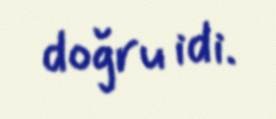
doğru idi.